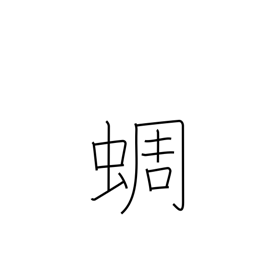
Meaning: clear-toned cicada